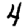
Digit: 4